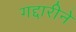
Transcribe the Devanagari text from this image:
गद्दारीने